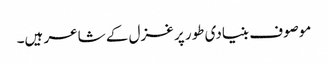
موصوف بنیادی طور پر غزل کے شاعر ہیں۔